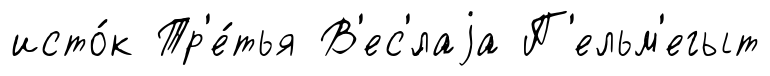
исто́к Тр'е́тья В'ес'́лаjа П'ельм'егыт